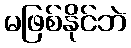
မဖြစ်နိုင်ဘဲ